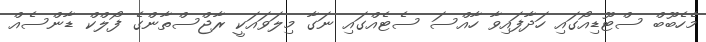
މެހެބޫބް ސްޓޫޑިއޯގައި ހަދާފައިވާ ހާއްސަ ސެޓެއްގައި ނަގާ މިލަވައަކީ ރާޖްސްތާންގެ ފޯލްކް ޑާންސެއް